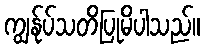
ကျွန်ုပ်သတိပြုမိပါသည်။